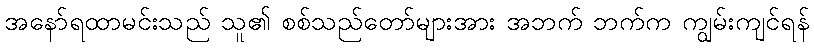
အနော်ရထာမင်းသည် သူ၏ စစ်သည်တော်များအား အဘက် ဘက်က ကျွမ်းကျင်ရန်